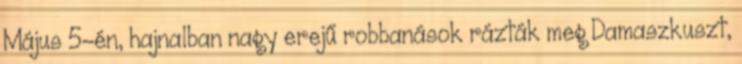
Május 5-én, hajnalban nagy erejű robbanások rázták meg Damaszkuszt,